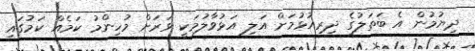
ދިޔުމުން އެ ބަތަލުގެ ދިރިއުޅުމަށް އަލި އަޅުވާލުމަކީ ވަރަށް މުހިންމު ކަމެއް ކަމުގައި